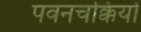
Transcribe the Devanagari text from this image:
पवनचक्कियों